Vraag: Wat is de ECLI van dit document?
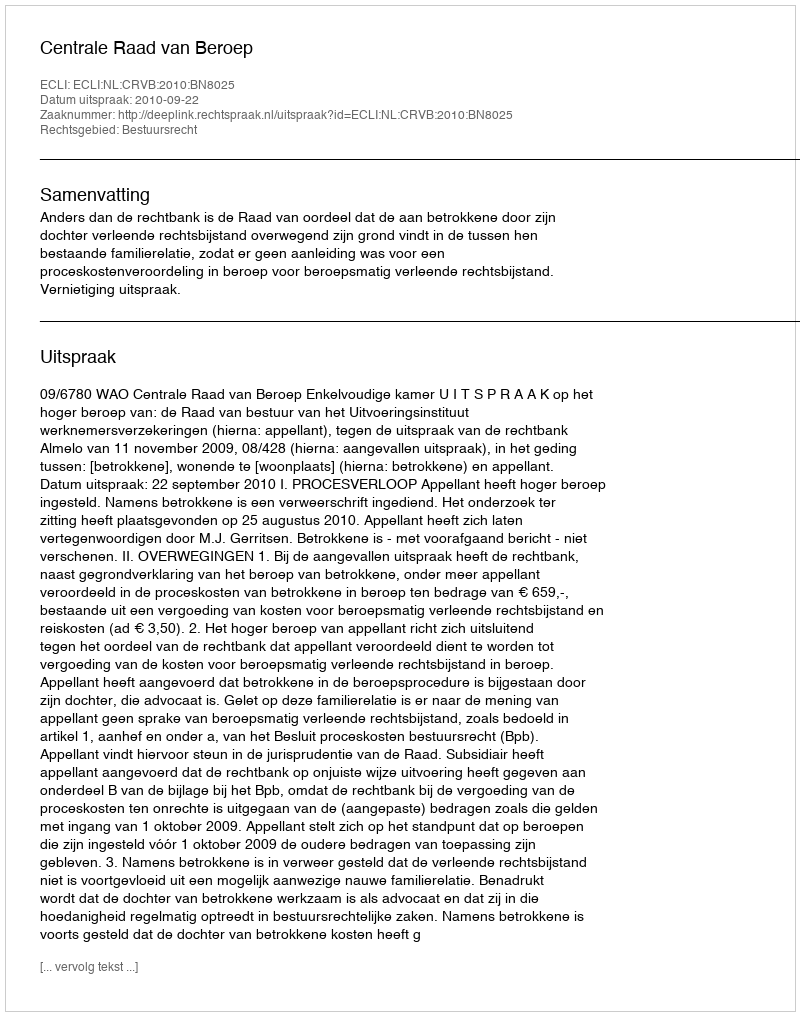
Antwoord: ECLI:NL:CRVB:2010:BN8025